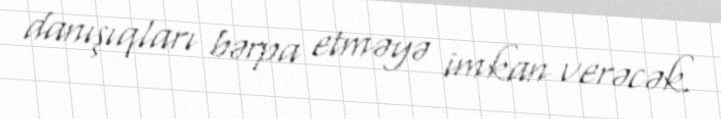
danışıqları bərpa etməyə imkan verəcək.